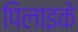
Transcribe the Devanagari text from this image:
पिलाइके